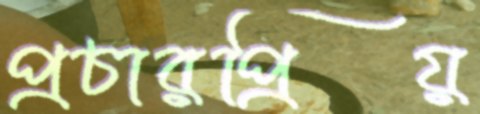
প্রচারপ্রিয়